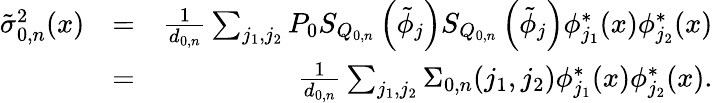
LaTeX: \begin{array}{rlr}{\tilde{\sigma}_{0,n}^{2}(x)}&{=}&{\frac{1}{d_{0,n}}\sum_{j_{1},j_{2}}P_{0}S_{Q_{0,n}}\left(\tilde{\phi}_{j}\right)S_{Q_{0,n}}\left(\tilde{\phi}_{j}\right)\phi_{j_{1}}^{*}(x)\phi_{j_{2}}^{*}(x)}\\ &{=}&{\frac{1}{d_{0,n}}\sum_{j_{1},j_{2}}\Sigma_{0,n}(j_{1},j_{2})\phi_{j_{1}}^{*}(x)\phi_{j_{2}}^{*}(x).}\end{array}